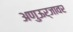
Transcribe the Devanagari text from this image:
अणुऊर्जावर